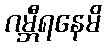
ဂမ္ဘီရနေမိ